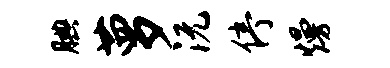
腆萝沅停熳